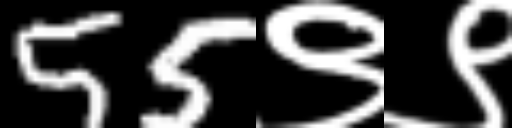
Text: 55९९